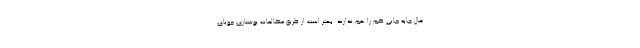
حال جابه جایی کم را هم ندارند. بهتر است از طریق مکالمات نوشتاری جویای